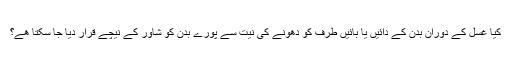
کیا غسل کے دوران بدن کے دائیں یا بائیں طرف کو دھونے کی نیت سے پورے بدن کو شاور کے نیچے قرار دیا جا سکتا هے؟